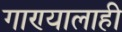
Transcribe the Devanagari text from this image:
गाण्यालाही